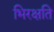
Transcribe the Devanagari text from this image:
भिरक्षति